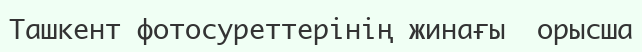
Ташкент фотосуреттерінің жинағы  орысша